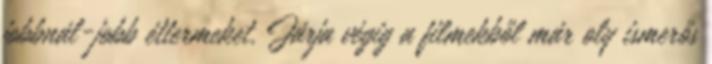
jobbnál-jobb éttermeket. Járja végig a filmekből már oly ismerős